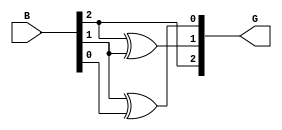
module gray_code_encoder (
    input  wire [2:0] B,  // 3-bit binary input
    output wire [2:0] G   // 3-bit Gray code output
);

// Assigning the Gray code output based on the binary input
assign G[2] = B[2];          // G2 = B2
assign G[1] = B[2] ^ B[1];   // G1 = B2 XOR B1
assign G[0] = B[1] ^ B[0];   // G0 = B1 XOR B0

endmodule